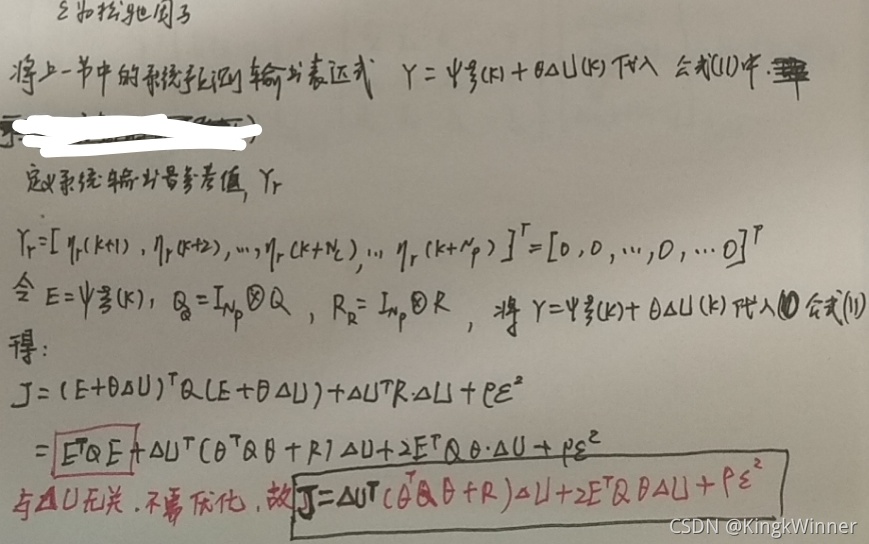
将上一节中的系统预测输出表达式\(Y = \boldsymbol{\psi}_{y}(k)+ \boldsymbol{\theta}\Delta U(k)\)代入公式(1)中。定义系统输出量参考值\(Y_{r}\)
\[Y_{r}=[\eta_{r}(k + 1),\eta_{r}(k + 2),\cdots,\eta_{r}(k + N_{c}),\cdots,\eta_{r}(k + N_{p})]^{\mathrm{T}}=[0,0,\cdots,0,\cdots,0]^{\mathrm{T}}\]
令\(\boldsymbol{E}=\boldsymbol{\psi}_{y}(k)\)，\(\boldsymbol{Q}_{E}=\boldsymbol{I}_{N_{p}}\otimes\boldsymbol{Q}\)，\(\boldsymbol{R}_{E}=\boldsymbol{I}_{N_{p}}\otimes\boldsymbol{R}\)，将\(Y = \boldsymbol{\psi}_{y}(k)+ \boldsymbol{\theta}\Delta U(k)\)代入公式(11)得：
\[\begin{align*}
J&= (\boldsymbol{E}+\boldsymbol{\theta}\Delta U)^{\mathrm{T}}\boldsymbol{Q}_{E}(\boldsymbol{E}+\boldsymbol{\theta}\Delta U)+\Delta U^{\mathrm{T}}\boldsymbol{R}_{E}\Delta U+\rho\varepsilon^{2}\\
&=\boldsymbol{E}^{\mathrm{T}}\boldsymbol{Q}_{E}\boldsymbol{E}+\Delta U^{\mathrm{T}}(\boldsymbol{\theta}^{\mathrm{T}}\boldsymbol{Q}_{E}\boldsymbol{\theta}+\boldsymbol{R}_{E})\Delta U + 2\boldsymbol{E}^{\mathrm{T}}\boldsymbol{Q}_{E}\boldsymbol{\theta}\cdot\Delta U+\rho\varepsilon^{2}
\end{align*}\]
与\(\Delta U\)无关，不需优化，故\(J=\Delta U^{\mathrm{T}}(\boldsymbol{\theta}^{\mathrm{T}}\boldsymbol{Q}_{E}\boldsymbol{\theta}+\boldsymbol{R}_{E})\Delta U + 2\boldsymbol{E}^{\mathrm{T}}\boldsymbol{Q}_{E}\boldsymbol{\theta}\Delta U+\rho\varepsilon^{2}\)

CSDN @KingkWinne